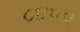
૮૪૫૫